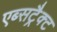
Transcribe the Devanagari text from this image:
एब्सट्रैक्ट